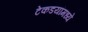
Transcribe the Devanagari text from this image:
टेकडयांमध्ये